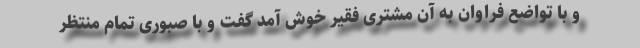
و با تواضع فراوان به آن مشتری فقیر خوش آمد گفت و با صبوری تمام منتظر